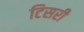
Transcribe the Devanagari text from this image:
टिसरी